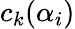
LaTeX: c_{k}(\alpha_{i})